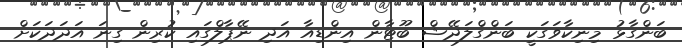
ބަންގާޅު މިނިކާވަގަކީ ބަންގްލަދޭޝް ބޫޓާން އިންޑިއާ އަދި ނޭޕާލްގައި ކުރިން ގިނަ އަދަދަކަށް